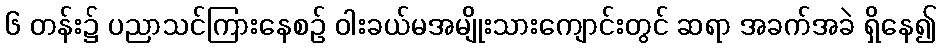
၆ တန်း၌ ပညာသင်ကြားနေစဉ် ဝါးခယ်မအမျိုးသားကျောင်းတွင် ဆရာ အခက်အခဲ ရှိနေ၍